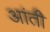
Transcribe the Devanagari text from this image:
आंती